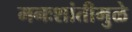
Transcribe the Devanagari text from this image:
मनःशांतीमुळे